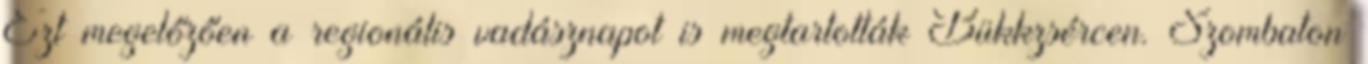
Ezt megelőzően a regionális vadásznapot is megtartották Bükkzsércen. Szombaton